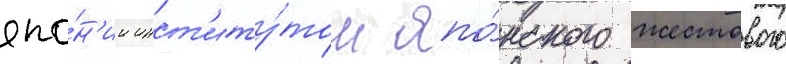
япо́н'ии инст'иту́том япо́нского жестового